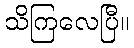
သိကြလေပြီ။